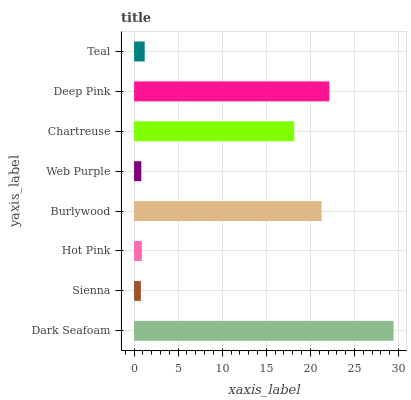
| yaxis_label | bars |
 | --- | --- |
 | Dark Seafoam | 29.4 |
 | Sienna | 0.772 |
 | Hot Pink | 0.881 |
 | Burlywood | 21.3 |
 | Web Purple | 0.82 |
 | Chartreuse | 18.2 |
 | Deep Pink | 22.1 |
 | Teal | 1.21 |